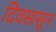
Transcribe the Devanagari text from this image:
दिवसासून